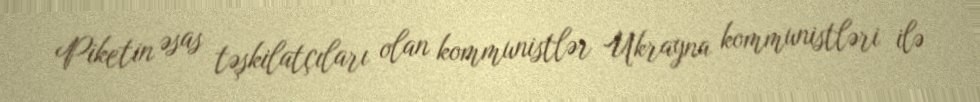
Piketin əsas təşkilatçıları olan kommunistlər Ukrayna kommunistləri ilə